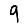
Digit: 9